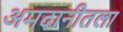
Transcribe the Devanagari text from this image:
अमदानीतला